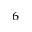
^ { 6 }